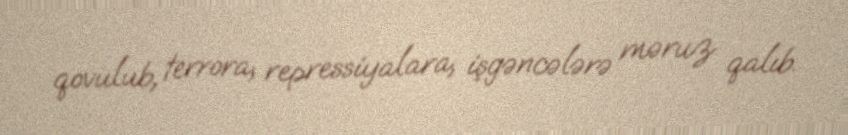
qovulub, terrora, repressiyalara, işgəncələrə məruz qalıb.